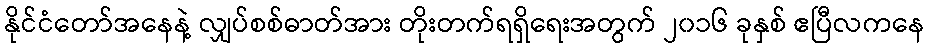
နိုင်ငံတော်အနေနဲ့ လျှပ်စစ်ဓာတ်အား တိုးတက်ရရှိရေးအတွက် ၂၀၁၆ ခုနှစ် ဧပြီလကနေ